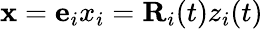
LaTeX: {\mathbf x}={\mathbf e}_{i}x_{i}={\mathbf R}_{i}(t)z_{i}(t)